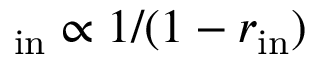
{ \it \Omega } _ { \mathrm { i n } } \propto 1 / ( 1 - r _ { \mathrm { i n } } )